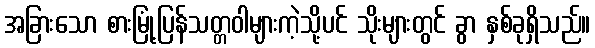
အခြားသော စားမြုံ့ပြန်သတ္တဝါများကဲ့သို့ပင် သိုးများတွင် ခွာ နှစ်ခုရှိသည်။